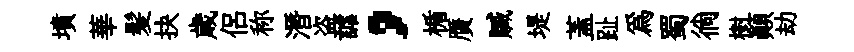
墳華髪抉歳侣称潛盗謔，楯贋贓堤蓋趾爲蜀徜樹顚劫